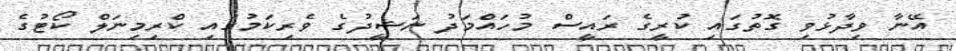
އޭނާ ވިދާޅުވި ގޮތުގައި ކުރީގެ ރައީސް މުހައްމަދު ނަޝީދުގެ ވެރިކަމުގައި ކްރިމިނަލް ކޯޓުގެ